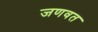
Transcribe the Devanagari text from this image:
जणवत